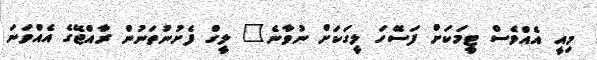
މިއީ އެއްވެސް ޓީމަކަށް ފަސޭހަ ލީގަކަށް ނުވާނެ" ލީގް ފެށުނުތަނުން ރާއްޖޭގެ އެއްވަނަ